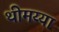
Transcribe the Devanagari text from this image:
थीमय्या